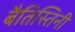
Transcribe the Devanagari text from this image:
बैतिस्तिनी